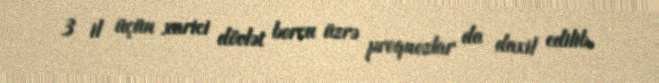
3 il üçün xarici dövlət borcu üzrə proqnozlar da daxil edilib.